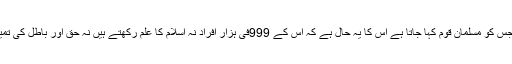
’’یہ انبوہِ عظیم جس کو مسلمان قوم کہا جاتا ہے اس کا یہ حال ہے کہ اُس کے 999فی ہزار افراد نہ اسلام کا علم رکھتے ہیں نہ حق اور باطل کی تمیز سے آشنا ہے۔